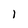
Character: 1